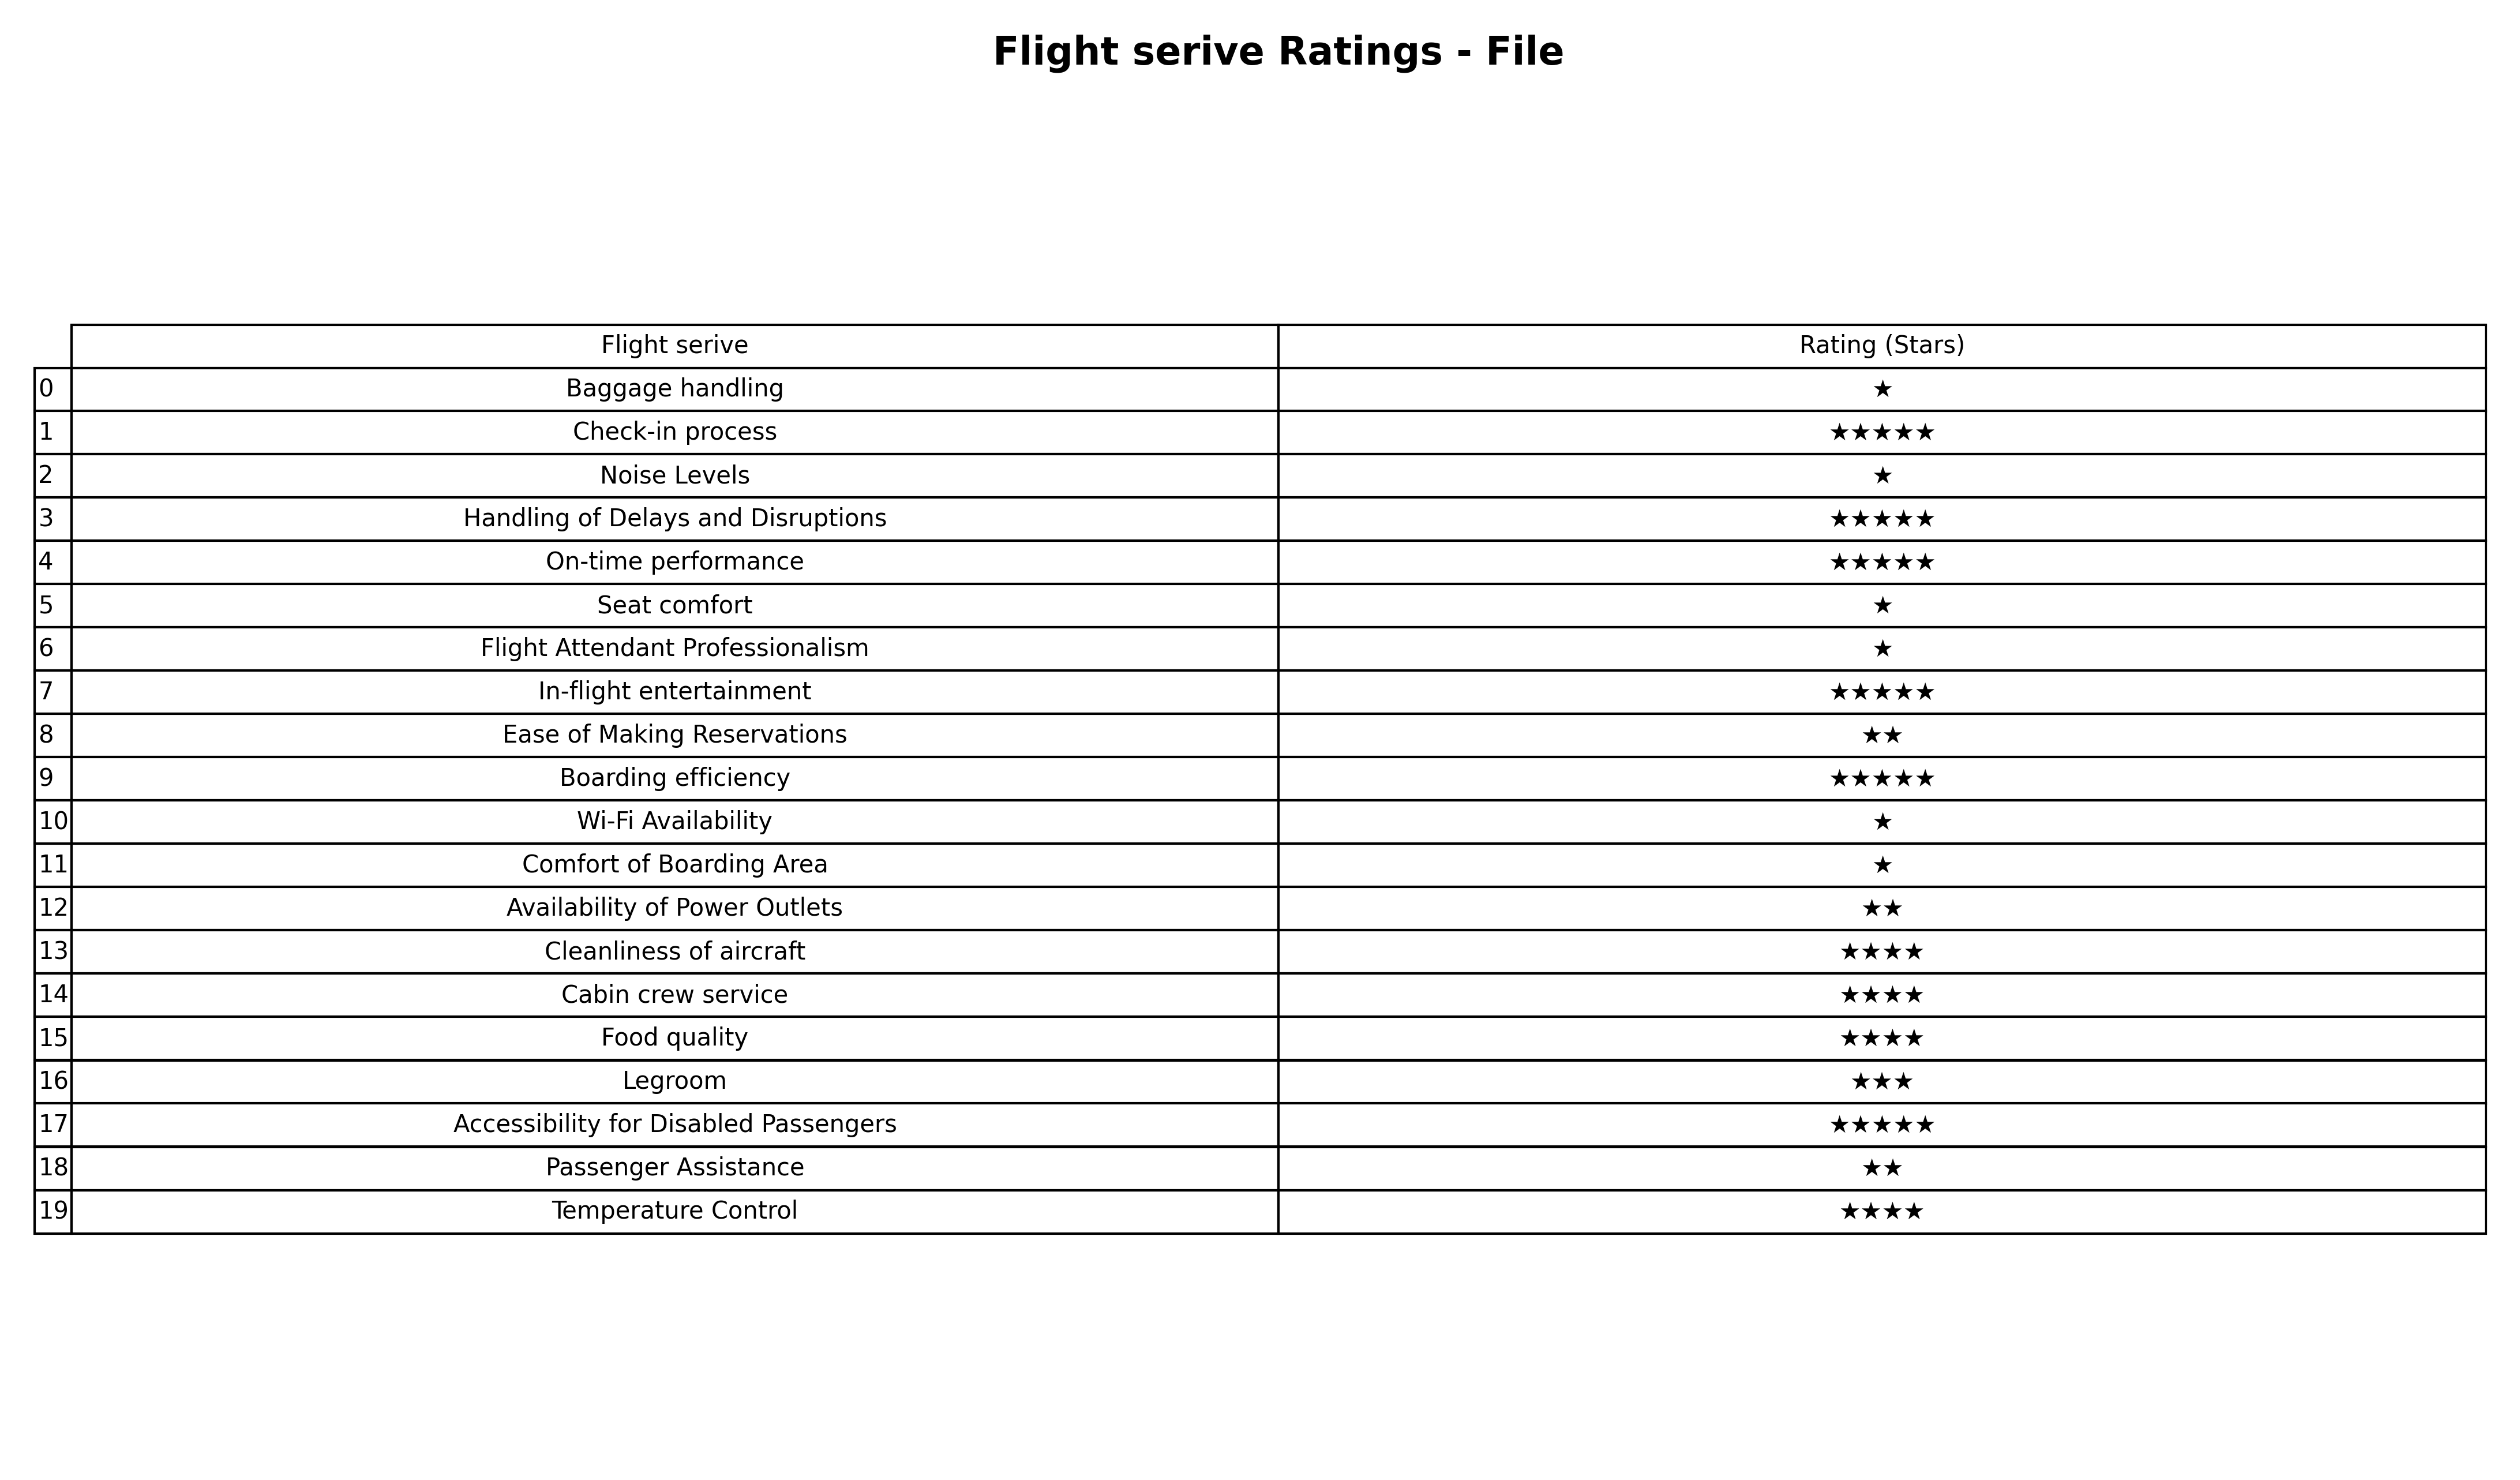
question: What is the rating of Food quality?
answer: ★★★★